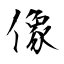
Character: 像